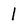
Character: 1